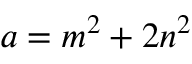
a = m ^ { 2 } + 2 n ^ { 2 }